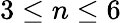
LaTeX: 3\leq n\leq 6